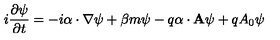
i \frac { \partial \psi } { \partial t } = - i \mathrm { \boldmath \alpha } \cdot \nabla \psi + \beta m \psi - q \mathrm { \boldmath \alpha } \cdot { \bf A } \psi + q A _ { 0 } \psi